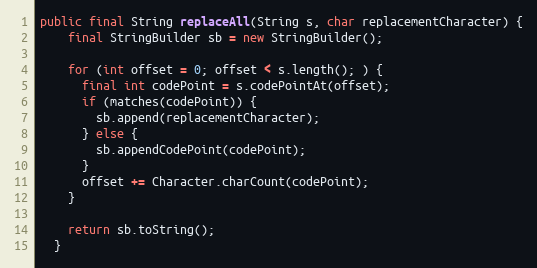
Language: Java
public final String replaceAll(String s, char replacementCharacter) {
    final StringBuilder sb = new StringBuilder();

    for (int offset = 0; offset < s.length(); ) {
      final int codePoint = s.codePointAt(offset);
      if (matches(codePoint)) {
        sb.append(replacementCharacter);
      } else {
        sb.appendCodePoint(codePoint);
      }
      offset += Character.charCount(codePoint);
    }

    return sb.toString();
  }